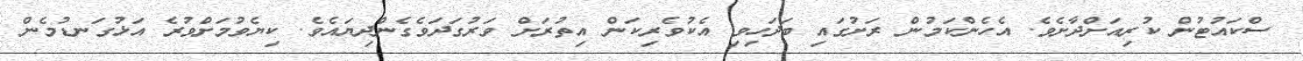
ސްކައުޓުން ކުރިއަށްދާށެވެ. އެހެންކަމުން ރަށުގައި ބަދަހިވި އެކުވެރިކަން އިތުރަށް ވަރުގަދަވެގެންދިޔައެވެ. ކިޔެވުމަށްވުރެ އަޅުގަނޑުމެން